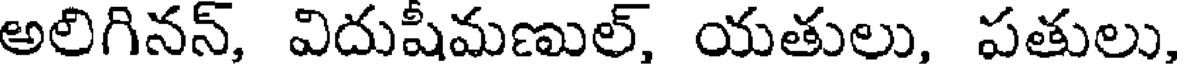
అలిగినన్, విదుషీమణుల్, యతులు, పతులు,